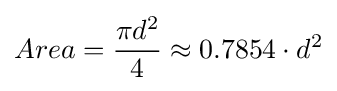
Area={\frac {\pi d^{2}}{4}}\approx 0{.}7854\cdot d^{2}